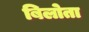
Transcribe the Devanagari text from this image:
बिलोता